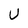
Character: U